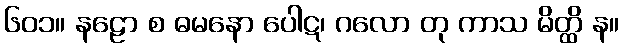
၆၀၁။ နဠော စ ဓမနော ပေါဋ၊ ဂလော တု ကာသ မိတ္ထိ န။